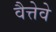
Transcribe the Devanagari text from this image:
वैत्तेवे